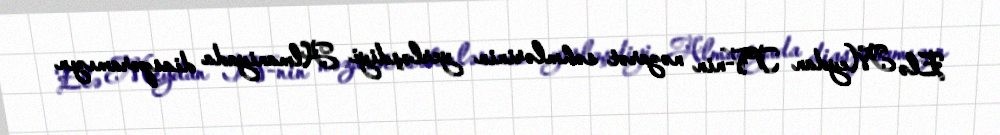
Elə Meydan TV-nin nəzarət səhmlərinin yerləşdiyi Almaniyada diasporamızın